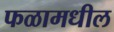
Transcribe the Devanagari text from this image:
फळामधील